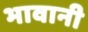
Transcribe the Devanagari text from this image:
भावानी